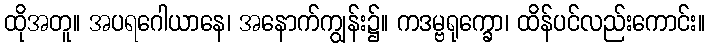
ထိုအတူ။ အပရဂေါယာနေ၊ အနောက်ကျွန်း၌။ ကဒမ္ဗရုက္ခော၊ ထိန်ပင်လည်းကောင်း။